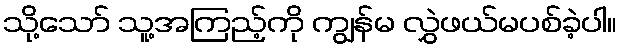
သို့သော် သူ့အကြည့်ကို ကျွန်မ လွှဲဖယ်မပစ်ခဲ့ပါ။